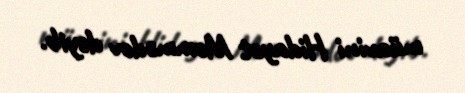
müavini Hidayət Məmmədov deyib.